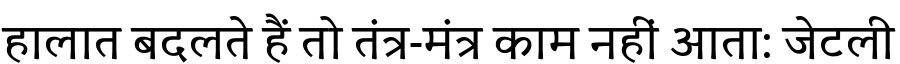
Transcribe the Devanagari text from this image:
हालात बदलते हैं तो तंत्र-मंत्र काम नहीं आता: जेटली